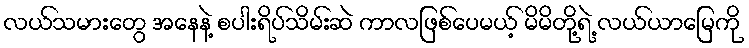
လယ်သမားတွေ အနေနဲ့ စပါးရိပ်သိမ်းဆဲ ကာလဖြစ်ပေမယ့် မိမိတို့ရဲ့ လယ်ယာမြေကို